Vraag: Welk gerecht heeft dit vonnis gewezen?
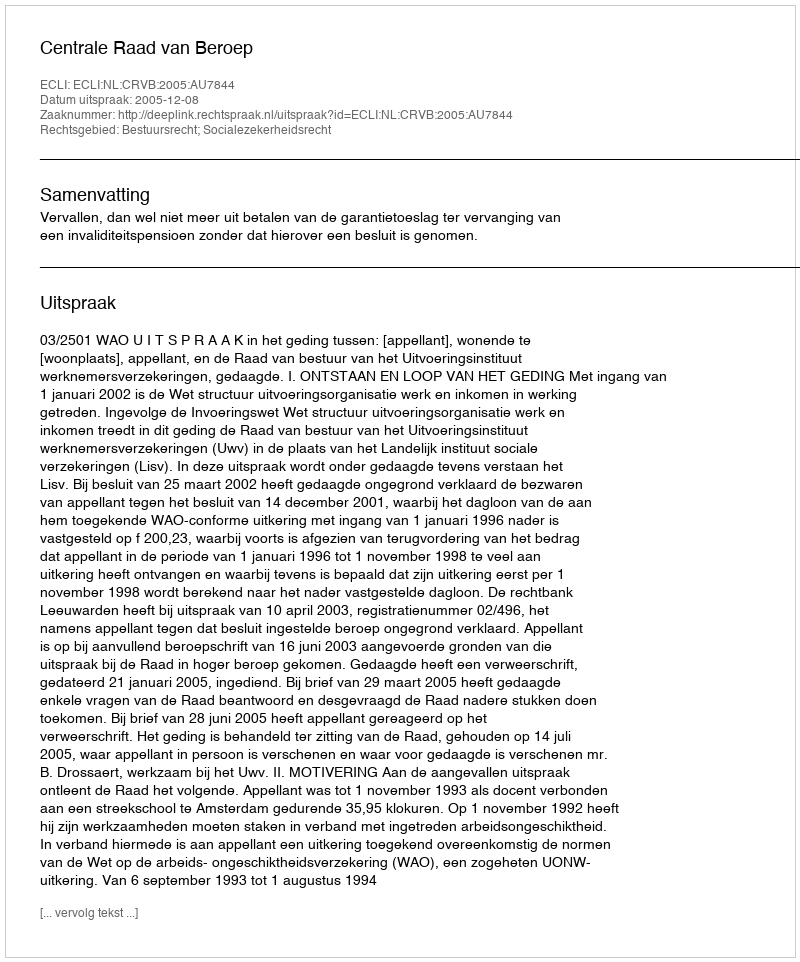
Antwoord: Centrale Raad van Beroep